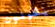
يكونون